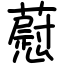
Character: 藯